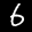
Label: 6